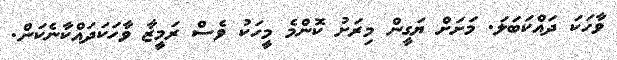
ވާހަކަ ދައްކަބަލަ. މަށަށް ޔަގީން މިރަށު ކޮންމެ މީހަކު ވެސް ރަމީޒާ ވާހަކަދައްކާނެކަން.